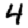
Digit: 4